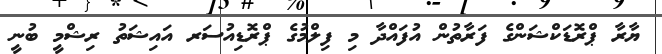
ޔާރާ ޕްރޮޑަކްޝަންގެ ފަރާތުން އުފައްދާ މި ފިލްމުގެ ޕްރޮޑިއުސަރ އައިޝަތު ރިޝްމީ ބުނީ